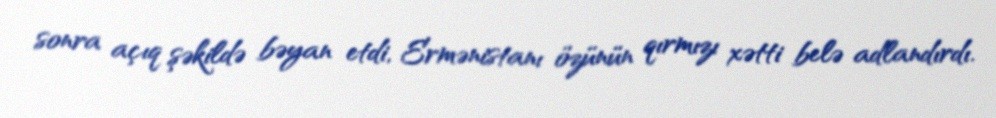
sonra açıq şəkildə bəyan etdi, Ermənistanı özünün qırmızı xətti belə adlandırdı.